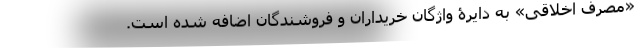
«مصرف اخلاقی» به دایرۀ واژگان خریداران و فروشندگان اضافه شده است.